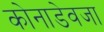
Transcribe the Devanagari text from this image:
कोनाडेवजा